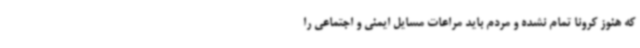
که هنوز کرونا تمام نشده و مردم باید مراعات مسایل ایمنی و اجتماعی را